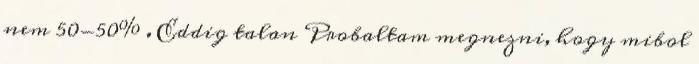
nem 50-50% . Eddig talan Probaltam megnezni, hogy mibol